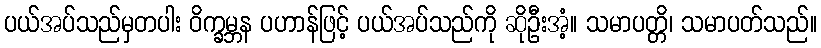
ပယ်အပ်သည်မှတပါး ဝိက္ခမ္ဘန ပဟာန်ဖြင့် ပယ်အပ်သည်ကို ဆိုဦးအံ့။ သမာပတ္တိ၊ သမာပတ်သည်။